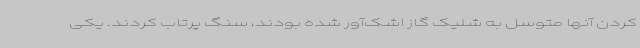
کردن آنها متوسل به شلیک گاز اشک‌آور شده بودند، سنگ پرتاب کردند. یکی